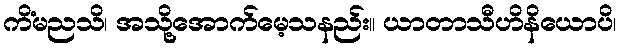
ကိံမညသိ၊ အသို့အောက်မေ့သနည်း။ ယာတာသီဟိနိယောပိ၊